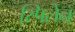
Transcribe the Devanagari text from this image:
स्पिलेन